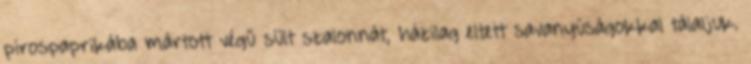
pirospaprikába mártott végű sült szalonnát, házilag eltett savanyúságokkal tálaljuk.